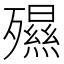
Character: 𣩯